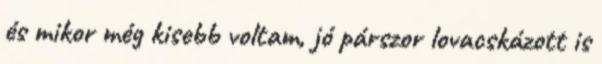
és mikor még kisebb voltam, jó párszor lovacskázott is